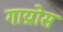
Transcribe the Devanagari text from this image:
गाय्रोस